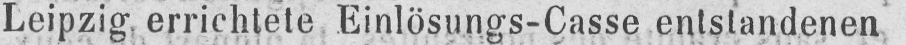
Leipzig, errichtete Einlösungs-Casse entstandenen